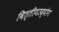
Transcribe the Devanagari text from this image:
वित्तीयउद्योग